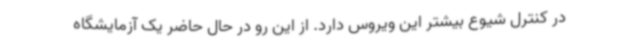
در کنترل شیوع بیشتر این ویروس دارد. از این رو در حال حاضر یک آزمایشگاه